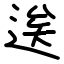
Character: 逘